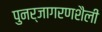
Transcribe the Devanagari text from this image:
पुनर्जागरणशैली